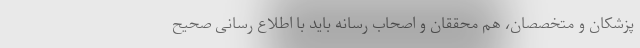
پزشکان و متخصصان، هم محققان و اصحاب رسانه باید با اطلاع رسانی صحیح